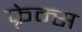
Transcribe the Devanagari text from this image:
फ़्रेम्स